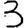
Digit: 3